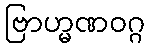
ဗြာဟ္မဏဝဂ္ဂ